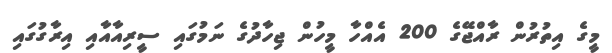
މީގެ އިތުރުން ރާއްޖޭގެ 200 އެއްހާ މީހުން ޖިހާދުގެ ނަމުގައި ސީރިއާއާއި އިރާގުގައި